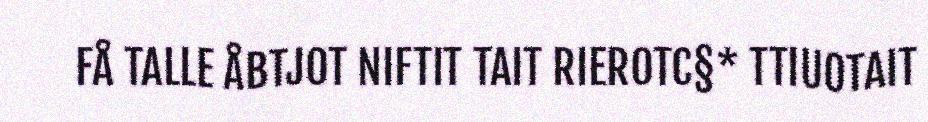
FÅ TALLE ÅBTJOT NIFTIT TAIT RIEROTC§* TTIUOTAIT